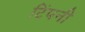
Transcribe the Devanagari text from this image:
टिंपनी